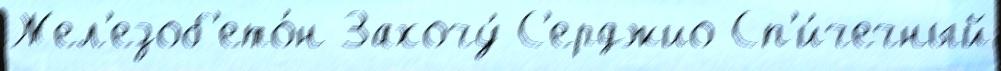
Жел'езоб'ето́н Захочу́ С'ерджио Сп'и́чечный